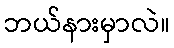
ဘယ်နားမှာလဲ။